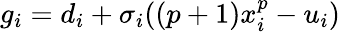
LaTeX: g_{i}=d_{i}+\sigma_{i}((p+1)x_{i}^{p}-u_{i})